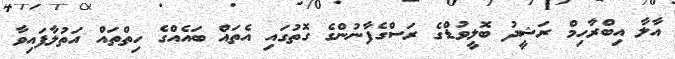
އާލާ އިބްރާހިމް ރަޝީދު ބޮލީވުޑްގެ ރަސްގެފާނުންގެ ގޮތުގައި އެތައް ބައެއްގެ ހިތްތައް އަތުލާފައިވާ